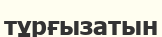
тұрғызатын